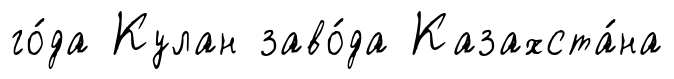
го́да Кулан заво́да Казахста́на